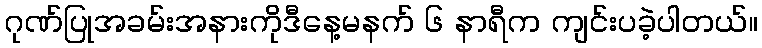
ဂုဏ်ပြုအခမ်းအနားကိုဒီနေ့မနက် ၆ နာရီက ကျင်းပခဲ့ပါတယ်။